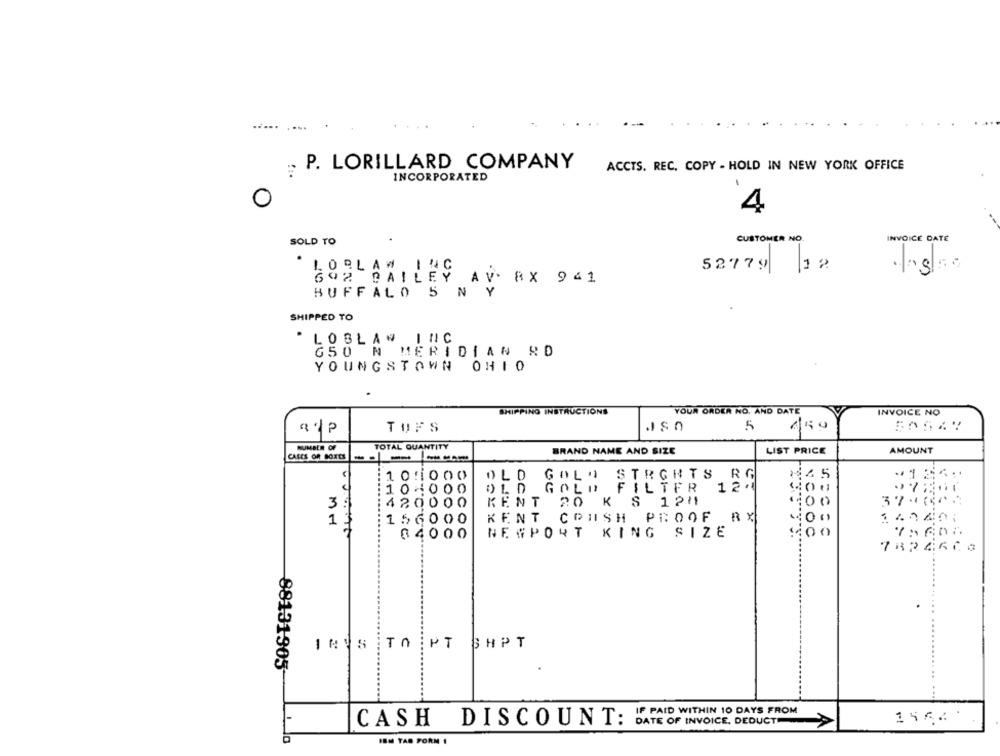
P. LORILLARD COMPANY
ACCTS. REC. COPY - HOLD IN NEW YORK OFFICE
INCORPORATED
4
SOLD TO
CUSTOMER NO.
INVOICE DATE
1 2
LOBLAW INC
52779
692 BAILEY AV. 8X 9 41
BUFFALO 5 N Y
SHIPPED TO
LOBLAW INIC
G50 N MERIDIAN RD
YOUNGSTOWN OHIO
SHIPPING INSTRUCTIONS
YOUR ORDER NO. AND DATE
INVOICE NO
TUFS
5
NUMBER OF
TOTAL QUANTITY
BRAND NAME AND SIZE
LIST PRICE
AMOUNT
10:1000
OLD GOLD ST
STRGHTS RG
10×1000
FILTER 124
37-1.
3
420000
KENT 20 K S 124
:00
156000
KENT COIISH PROOF RY
64000
NEWPORT KING SIZE
COOC
7824600
INUS ¡TO :PT SHPT
88131305-
IF PAID WITHIN 10 DAYS FROM
1562.
CASH DISCOUNT:
DATE OF INVOICE, DEDUCT
IBM TAS PORM 1